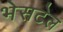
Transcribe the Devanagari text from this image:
भेसटेल